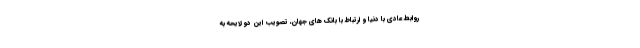
روابط عادی با دنیا و ارتباط با بانک های جهان، تصویب این دو لایحه به